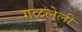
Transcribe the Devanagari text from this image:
गळलेली